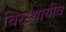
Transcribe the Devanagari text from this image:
चिरस्थायीव